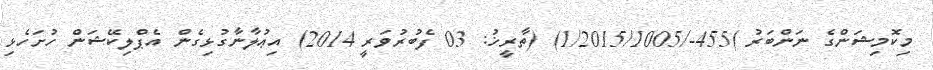
މިކޮމިޝަންގެ ނަންބަރު )455-/1/2015/1005) (ތާރީޚު: 03 ފެބުރުވަރީ 2014) އިޢުލާނާގުޅިގެން އެޕްލިކޭޝަން ހުށަހެޅި